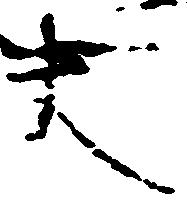
大